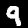
Label: 9